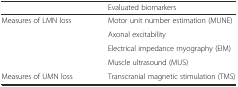
<table><thead><tr><td></td><td><b>Evaluated biomarkers</b></td></tr></thead><tbody><tr><td>Measures of LMN loss</td><td>Motor unit number estimation (MUNE)</td></tr><tr><td></td><td>Axonal excitability</td></tr><tr><td></td><td>Electrical impedance myography (EIM)</td></tr><tr><td></td><td>Muscle ultrasound (MUS)</td></tr><tr><td>Measures of UMN loss</td><td>Transcranial magnetic stimulation (TMS)</td></tr></tbody></table>